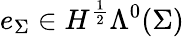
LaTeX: e_{\Sigma}\in H^{\frac{1}{2}}\Lambda^{0}(\Sigma)